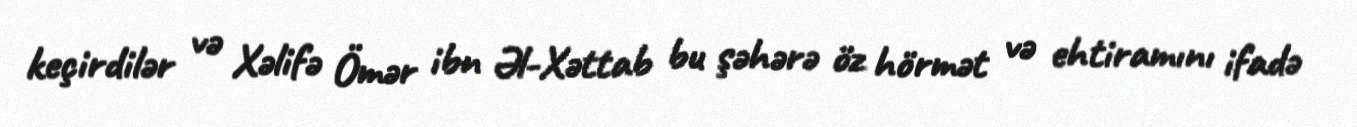
keçirdilər və Xəlifə Ömər ibn Əl-Xəttab bu şəhərə öz hörmət və ehtiramını ifadə